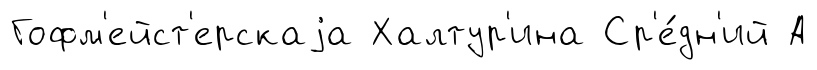
Гофм'ейст'ерскаjа Халтур'ина Ср'е́дн'ий А